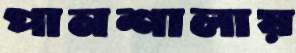
পানশালায়